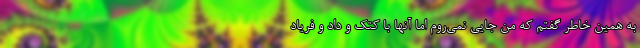
به همین خاطر گفتم که من جایی نمی‌روم اما آنها با کتک و داد و فریاد